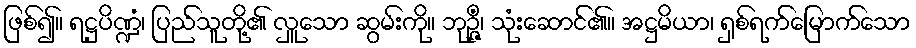
ဖြစ်၍။ ရဋ္ဌပိဏ္ဍံ၊ ပြည်သူတို့၏ လှူသော ဆွမ်းကို။ ဘုဉ္ဇိံ၊ သုံးဆောင်၏။ အဋ္ဌမိယာ၊ ရှစ်ရက်မြောက်သော